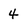
Character: 4